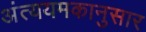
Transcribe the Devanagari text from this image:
अंत्ययमकानुसार